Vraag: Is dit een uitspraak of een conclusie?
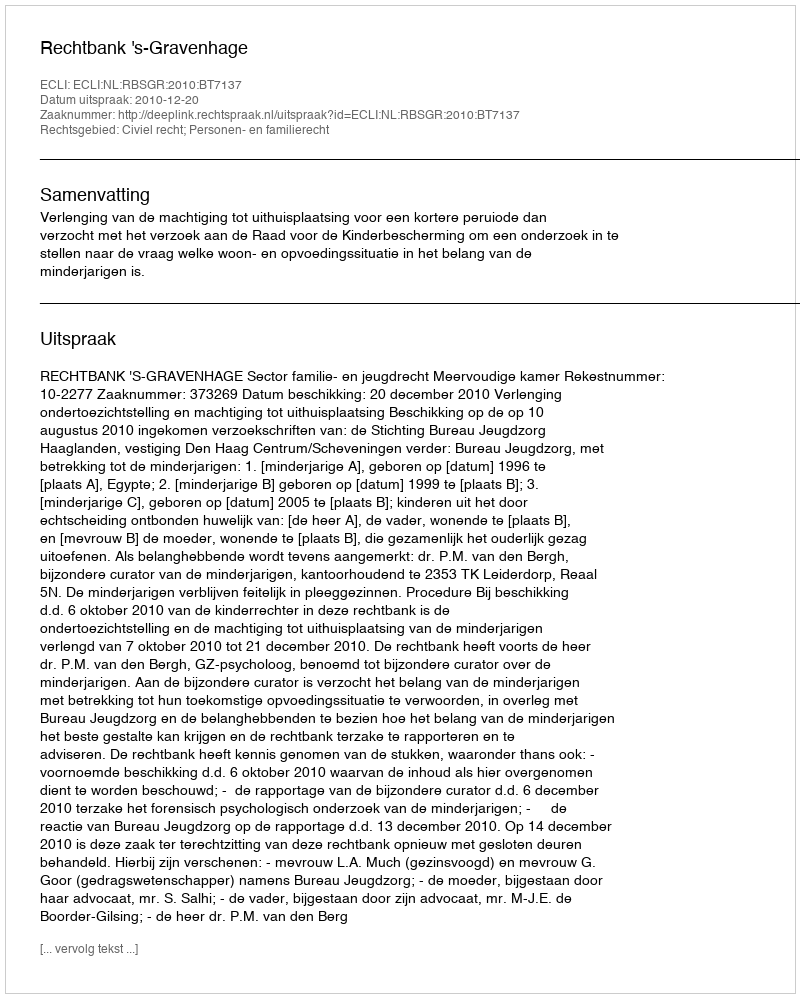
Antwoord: Uitspraak